Black-water fever - Number 35
Disease focus: Fever
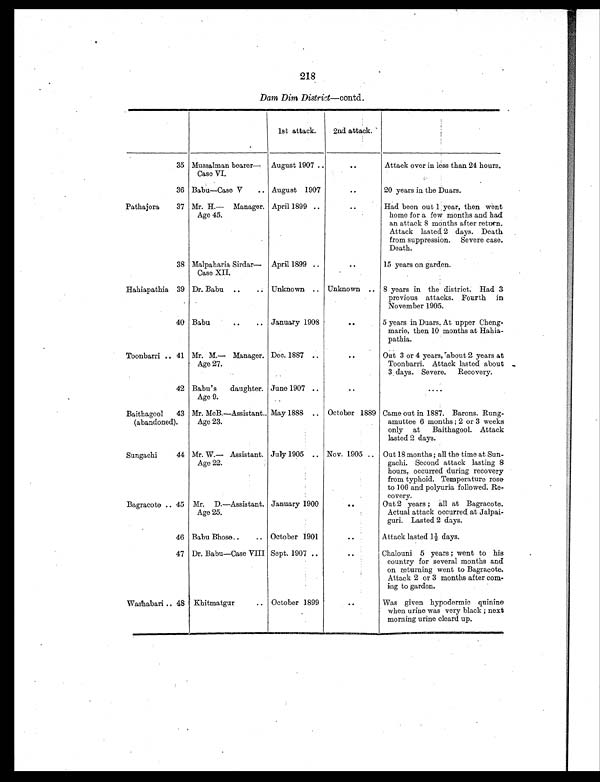
218
Dam Dim District—contd.
1st attack.
2nd attack.
35 Mussalman bearer—
Case VI.
August 1907 ..
. .
Attack over in less than 24 hours.
36 Babu—Case V
.. August 1907
..
20 years in the Duars.
Pathajora
37 Mr. H.— Manager.
Age 45.
April 1899 ..
. .
Had been out 1 year, then went
home for a few months and had
an attack 8 months after return.
Attack lasted 2 clays. Death
from suppression. Severe case.
Death.
38 Malpaharia Sirdar—
Case XII.
April 1899 ..
. .
15 years on garden.
Hahiapathia 39 Dr. Babu ..
.. Unknown .. Unknown .. 8 years in the district. Had 3
previous attacks. Fourth in
November 1905.
40 Babu
. .
.. January 1908
. .
5 years in Duars. At upper Cheng-
marie, then 10 months at Hahia-
pathia.
Toonbarri .. 41 Mr. M.— Manager.
Age 27.
Dec. 1887 ..
. .
Out 3 or 4 years, about 2 years at
Toonbarri. Attack lasted about
3 days. Severe. Recovery.
42 Babu's daughter.
Age 9.
June 1907 ..
..
. . . .
Baithagool
(abandoned).
43 Mr. McB.—Assistant..
Age 23.
May 1888 .. October 1889 Came out in 1887. Barons. Rung-
amuttee 6 months ; 2 or 3 weeks
only at Baithagool. Attack
lasted 2 days.
Sungachi
44 Mr. W.— Assistant.
Age 22.
July 1905 .. Nov. 1905 .. Out 18 months ; all the time at Sun-
gachi. Second attack lasting 8
hours, occurred during recovery
from typhoid. Temperature rose
to 106 and polyuria followed. Re-
covery.
Bagracote .. 45 Mr. D.—Assistant.
Age 25.
January 1900
. .
Out 2 years ; all at Bagracote.
Actual attack occurred at Jalpai-
guri. Lasted 2 days.
46 Babu Bhose
. . .. October 1901
. .
Attack lasted 1½ days.
47 Dr. Babu—Case VIII Sept. 1907 ..
. .
Chalouni 5 years ; went to his
country for several months and
on returning went to Bagracote.
Attack 2 or 3 months after com-
ing to garden.
Washabari .. 48 Khitmatgur
.. October 1899
. .
Was given hypodermic quinine
when urine was very black ; next
morning urine cleard up.